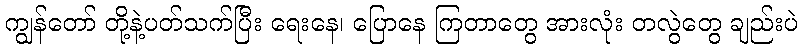
ကျွန်တော် တို့နဲ့ပတ်သက်ပြီး ရေးနေ၊ ပြောနေ ကြတာတွေ အားလုံး တလွဲတွေ ချည်းပဲ